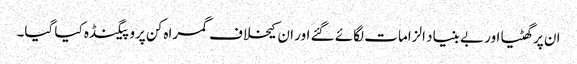
ان پر گھٹیا اور بے بنیاد الزامات لگائے گئے اور ان کیخلاف گمراہ کن پروپیگنڈہ کیا گیا۔